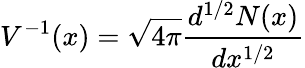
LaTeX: V^{-1}(x)={\sqrt{4\pi}}{\frac{d^{1/2}N(x)}{dx^{1/2}}}